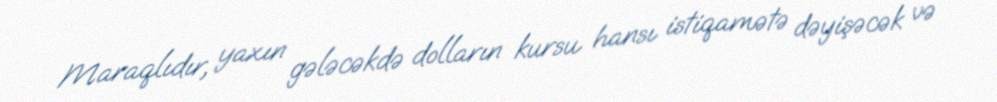
Maraqlıdır, yaxın gələcəkdə dolların kursu hansı istiqamətə dəyişəcək və